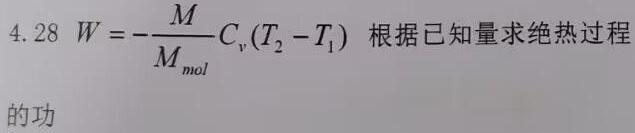
4.28 \(W = -\frac{M}{M_{mol}}C_{v}(T_{2}-T_{1})\) 根据已知量求绝热过程的功